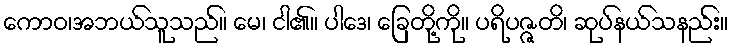
ကောဝ၊အဘယ်သူသည်။ မေ၊ ငါ၏။ ပါဒေ၊ ခြေတို့ကို။ ပရိပဇ္ဇတိ၊ ဆုပ်နယ်သနည်း။